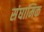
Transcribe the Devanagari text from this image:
संघामिक